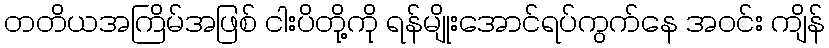
တတိယအကြိမ်အဖြစ် ငါးပိတို့ကို ရန်မျိုးအောင်ရပ်ကွက်နေ အဝင်း ကျိန်